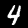
Label: 4